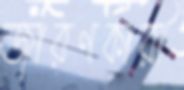
জারণকারী